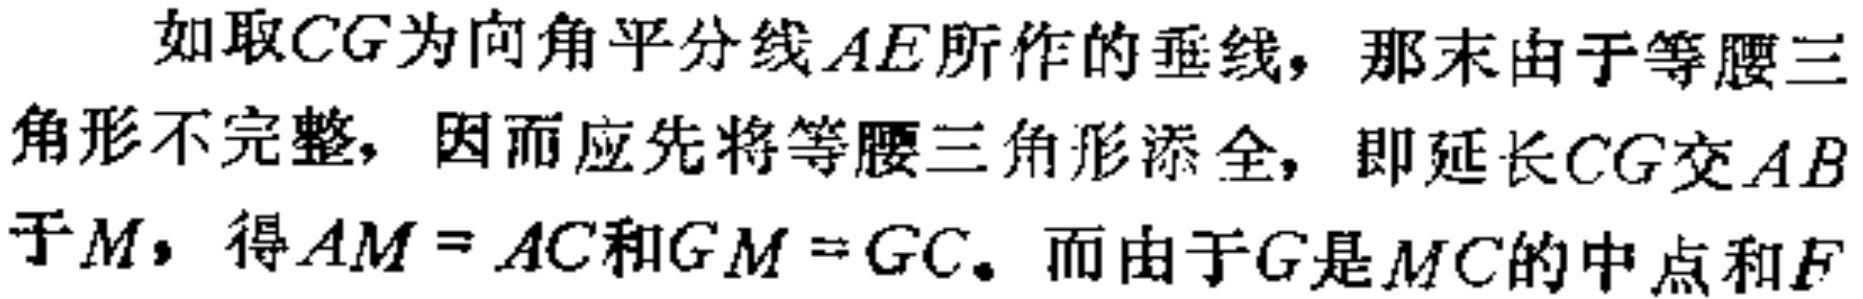
如取\(CG\)为向角平分线\(AE\)所作的垂线，那末由于等腰三角形不完整，因而应先将等腰三角形添全，即延长\(CG\)交\(AB\)于\(M\)，得\(AM = AC\)和\(GM = GC\)。而由于\(G\)是\(MC\)的中点和\(F\)